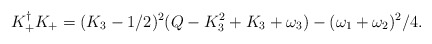
\begin{align*} K_{+}^{\dagger}K_{+}=(K_3-1/2)^2(Q-K_3^2+K_3+\omega_3)-(\omega_1+\omega_2)^2/4.\end{align*}